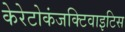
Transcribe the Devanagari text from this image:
केरेटोकंजक्टिवाइटिस